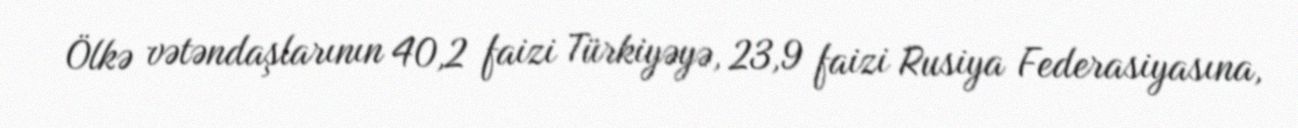
Ölkə vətəndaşlarının 40,2 faizi Türkiyəyə, 23,9 faizi Rusiya Federasiyasına,